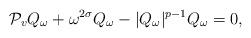
LaTeX: \begin{align*}\mathcal{P}_vQ_\omega+\omega^{2\sigma}Q_\omega-|Q_\omega|^{p-1}Q_\omega=0,\end{align*}